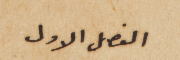
الفصل الاول